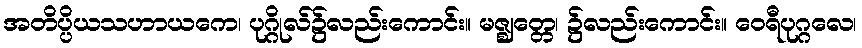
အတိပ္ပိယသဟာယကေ၊ ပုဂ္ဂိုလ်၌လည်းကောင်း။ မဇ္ဈတ္တေ၊ ၌လည်းကောင်း။ ဝေရီပုဂ္ဂလေ၊